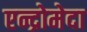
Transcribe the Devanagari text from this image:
एन्द्रोमेदा